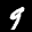
Label: 9